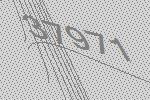
37971